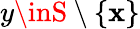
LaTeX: y\inS\setminus\{ \mathbf{x}\}